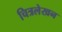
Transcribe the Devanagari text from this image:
चित्रलेखन